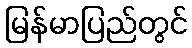
မြန်မာပြည်တွင်